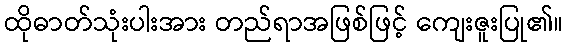
ထိုဓာတ်သုံးပါးအား တည်ရာအဖြစ်ဖြင့် ကျေးဇူးပြု၏။